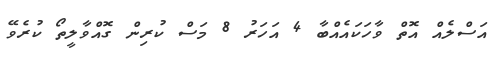
އަސްލެއް އޮތް ވާހަކައެއްބާ 4 އަހަރު 8 މަސް ކުރިން ގޮއްވާލީތޯ ކުރެވޭ